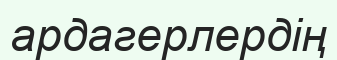
ардагерлердің